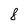
Character: 8